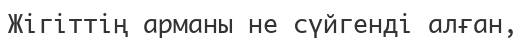
Жігіттің арманы не сүйгенді алған,